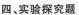
四、实验探究题